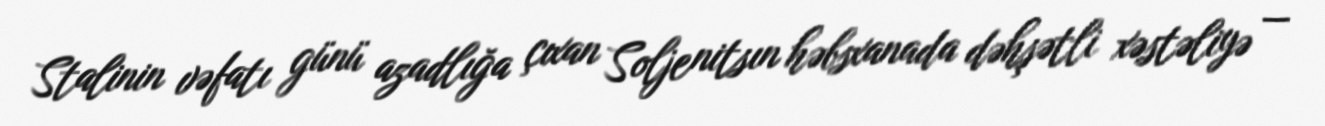
Stalinin vəfatı günü azadlığa çıxan Soljenitsın həbsxanada dəhşətli xəstəliyə —